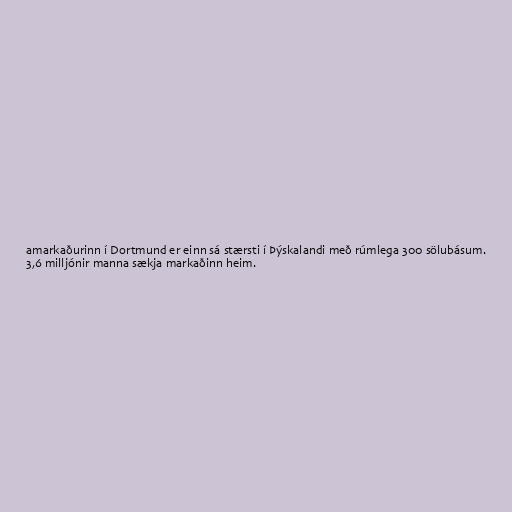
amarkaðurinn í Dortmund er einn sá stærsti í Þýskalandi með rúmlega 300 sölubásum.
3,6 milljónir manna sækja markaðinn heim.